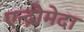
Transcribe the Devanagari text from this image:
एन्द्रोमेदा